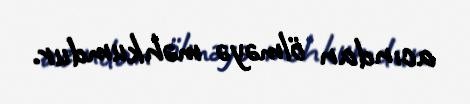
acından ölməyə məhkumdur.